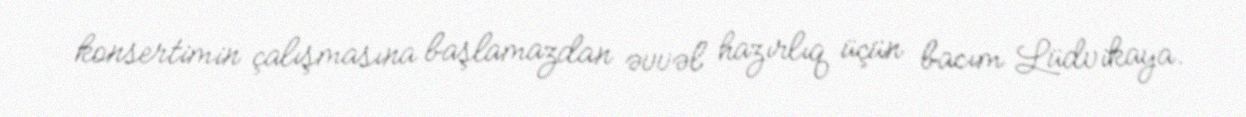
konsertimin çalışmasına başlamazdan əvvəl hazırlıq üçün bacım Lüdvikaya.